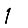
Digit: 1